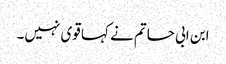
ابن ابی حاتم نے کہا قوی نہیں۔